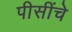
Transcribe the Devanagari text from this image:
पीसींचे